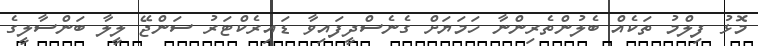
މޮޅު ފިލްމު ތަކެއް ބެލުންތެރިންނާ ހަމަޔަށް ގެނެސްދީފައިވާ ޑައިރެކްޓަރު ސަންޖޭ ލީލާ ބަންސާލީގެ